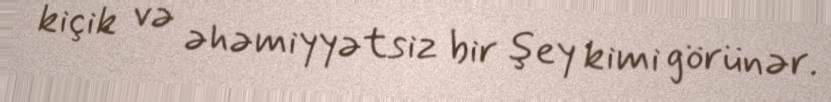
kiçik və əhəmiyyətsiz bir şey kimi görünər.